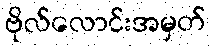
ဗိုလ်လောင်းအမှတ်